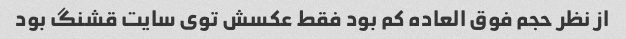
از نظر حجم فوق العاده کم بود فقط عکسش توی سایت قشنگ بود